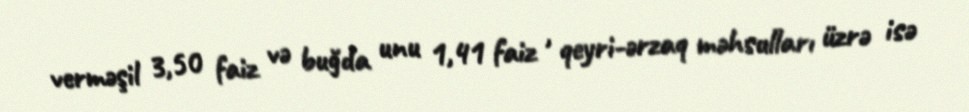
verməşil 3,50 faiz və buğda unu 1,41 faiz , qeyri-ərzaq məhsulları üzrə isə